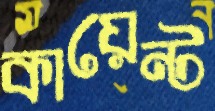
কায়েন্ট